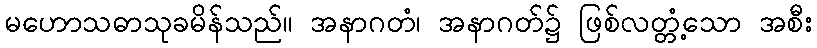
မဟောသဓာသုခမိန်သည်။ အနာဂတံ၊ အနာဂတ်၌ ဖြစ်လတ္တံ့သော အစီး